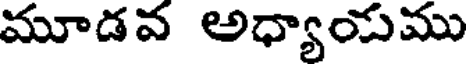
మూడవ అధ్యాయము